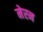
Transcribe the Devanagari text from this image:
मेरन